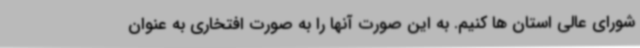
شورای عالی استان ها کنیم. به این صورت آنها را به صورت افتخاری به عنوان